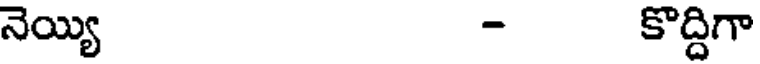
నెయ్యి - కొద్దిగా